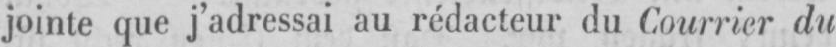
jointe que j’adressai au rédacteur du Courrier du